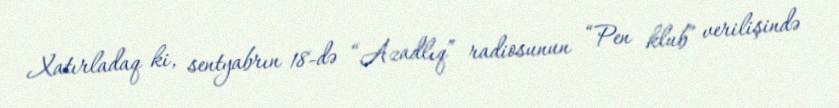
Xatırladaq ki, sentyabrın 18-də “Azadlıq” radiosunun “Pen klub” verilişində